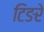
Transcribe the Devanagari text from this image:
टिङरे